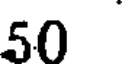
50